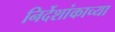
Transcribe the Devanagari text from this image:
निर्देशांकाच्या